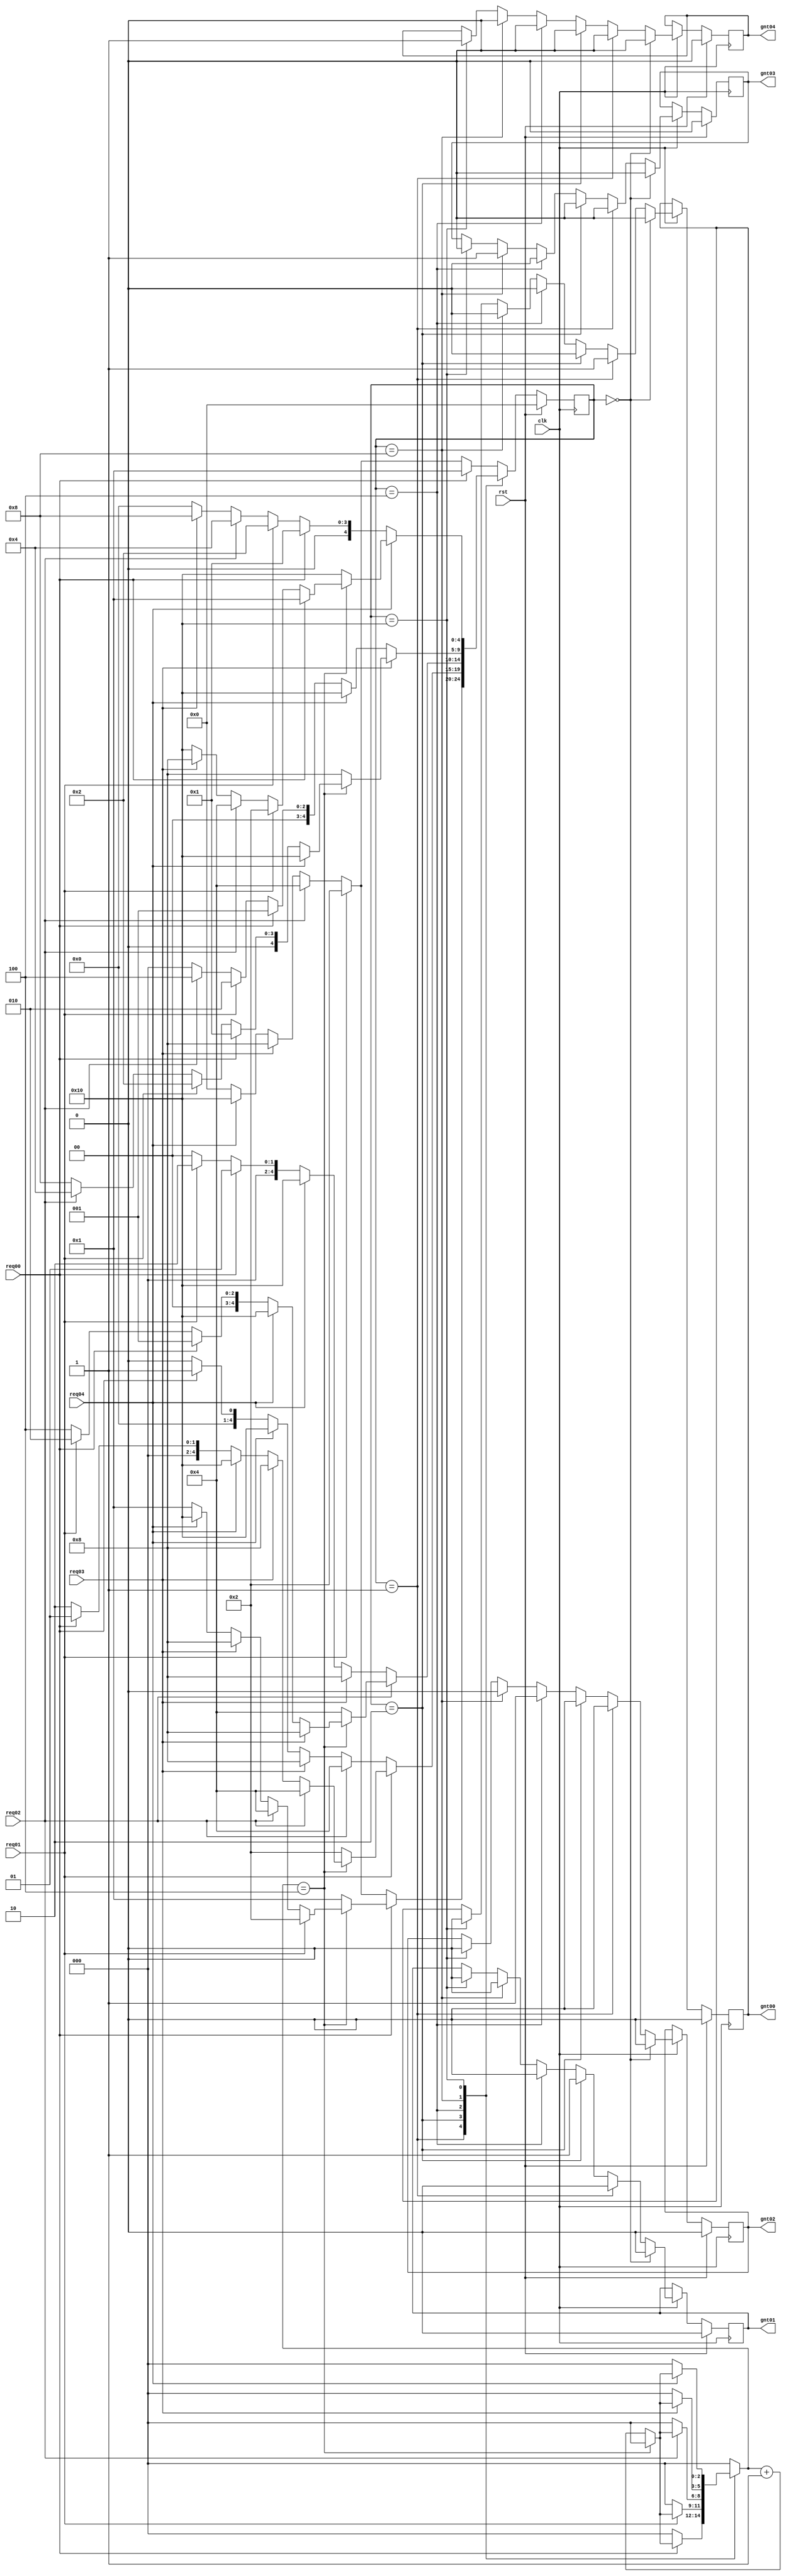
module arbiter0(gnt04,gnt03,gnt02,gnt01,gnt00,req04,req03,req02,req01,req00,clk,rst);

   output reg gnt04,gnt03,gnt02,gnt01,gnt00;
   input      req04,req03,req02,req01,req00;
   input      clk,rst;
  
   reg [4:0]  state,next_state;
   reg [2:0]  count;
 
   parameter idle=5'b00000;
   parameter GNT4=5'b10000;
   parameter GNT3=5'b01000;
   parameter GNT2=5'b00100;
   parameter GNT1=5'b00010;
   parameter GNT0=5'b00001;

/* parameter [2:0] s_ideal=3'b000;
   parameter [2:0] s0=3'b001;
   parameter [2:0] s1=3'b010;
   parameter [2:0] s2=3'b011;
   parameter [2:0] s3=3'b100; */



 always @(posedge clk)
 begin
 if(rst)
   state=idle;
 else
   state=next_state;
     end


always @(state,req04,req03,req02,req01,req00,count)
  begin
	   next_state=0;
 case (state)
   GNT0:
     begin
        if (req00)
   begin
      if(count==3'b100)
        begin
    if (req01)
      begin
         count=3'b000;
         next_state=GNT1;
      end
    else if (req02)
      begin
         count=3'b000;
         next_state=GNT2;
      end
    else if (req03)
      begin
         count=3'b000;
         next_state=GNT3;
      end
    else if (req04)
      begin
         count=3'b000;
         next_state=GNT4;
      end
    else
      begin
         count=3'b000;
         next_state=GNT0;
      end
        end // if (count==2'b11)
      else
        begin
    count=count+3'b001;
    next_state=GNT0;
        end // else: !if(count==2'b11)
   end // if (req[0])
        else if (req01)
   begin
      count=3'b000;
      next_state=GNT1;
   end
        else if (req02)
   begin
      count=3'b000;
      next_state=GNT2;
   end
        else if (req03)
   begin
      count=3'b000;
      next_state=GNT3;
   end
     else if (req04)
   begin
      count=3'b000;
      next_state=GNT4;
   end
        else
   begin
      count=3'b000;
      next_state=idle;
   end
     end // case: s0


   GNT1:
     begin
        if (req01)
   begin
    if (count==3'b100)
        begin
    if (req02)
      begin
         count=3'b000;
         next_state=GNT2;
      end
    else if (req03)
      begin
         count=3'b000;
         next_state=GNT3;
      end
    else if (req04)
      begin
         count=3'b000;
         next_state=GNT4;
      end
    else if (req00)
      begin
         count=3'b000;
         next_state=GNT0;
      end
    else
      begin
         count=3'b000;
         next_state=GNT1;
      end
        end // if (count==2'b11)
      else
        begin
    count=count+3'b001;
    next_state=GNT1;
        end // else: !if(count==2'b11)
   end // if (req01)
        else if (req02)
   begin
      count=3'b000;
      next_state=GNT2;
   end
        else if (req03)
   begin
      count=3'b000;
      next_state=GNT3;
   end
        else if (req04)
   begin
      count=3'b000;
      next_state=GNT4;
   end
        else if (req00)
   begin
      count=3'b000;
      next_state=GNT0;
   end
        else
   begin
      count=3'b000;
      next_state=idle;
   end
     end // case: s1



   GNT2:
     begin
        if (req02)
   begin
      if (count==3'b100)
        begin
    if (req03)
      begin
         count=3'b000;
         next_state=GNT3;
      end
    else if (req04)
      begin
         count=3'b000;
         next_state=GNT4;
      end
    else if (req00)
      begin
         count=3'b000;
         next_state=GNT0;
      end
    else if (req01)
      begin
         count=3'b000;
         next_state=GNT1;
      end
    else
      begin
         count=3'b000;
         next_state=GNT2;
      end
        end // if (count==2'b11)
      else
        begin
    count=count+3'b001;
    next_state=GNT2;
        end // else: !if(count==2'b11)
   end // if (req[2])
        else if (req03)
   begin
      count=3'b000;
      next_state=GNT3;
   end
      else if (req04)
   begin
      count=3'b000;
      next_state=GNT4;
   end
        else if (req00)
   begin
      count=3'b000;
      next_state=GNT0;
   end
        else if (req01)
   begin
      count=3'b000;
      next_state=GNT1;
   end
        else
   begin
      count=3'b000;
      next_state=idle;
   end
     end // case: s2
GNT3:
     begin
        if (req03)
   begin
      if (count==3'b100)
        begin
    if (req04)
      begin
         count=3'b000;
         next_state=GNT4;
      end
    else if (req00)
      begin
         count=3'b000;
         next_state=GNT0;
      end
    else if (req01)
      begin
         count=3'b000;
         next_state=GNT1;
      end
   else if (req02)
      begin
         count=3'b000;
         next_state=GNT2;
      end
   else
      begin
         count=3'b000;
         next_state=GNT3;
      end
        end // if (count==2'b11)
      else
        begin
    count=count+3'b001;
    next_state=GNT3;
        end // else: !if(count==2'b11)
   end // if (req[3])
        else if (req04)
   begin
      count=3'b000;
      next_state=GNT4;
   end
        else if (req00)
   begin
      count=3'b000;
      next_state=GNT0;
   end
        else if (req01)
   begin
      count=2'b00;
      next_state=GNT1;
   end
       else if (req02)
   begin
      count=2'b00;
      next_state=GNT2;
   end
        else
   begin
      count=2'b00;
      next_state=idle;
   end
     end // case: s3
GNT4: 
 begin
  if(req04)
    begin
   if(count==3'b100)
     begin
    if(req00)
    begin
     count=3'b000;
     next_state=GNT0;
    end
   else if(req01)
    begin
     count=3'b000;
    next_state=GNT1;
   end
  else if(req02)
   begin
    count=3'b000;
    next_state=GNT2;
  end
 else if(req03)
  begin
    count=3'b000;
    next_state=GNT3;
  end
else
 begin
  count=3'b000;
  next_state=GNT4;
 end
   end
else
 begin 
  count=count+3'b001;
  next_state=GNT4;
 end
  end
else if(req00)
   begin
     count=3'b000;
     next_state=GNT0;
    end
   else if(req01)
    begin
     count=3'b000;
    next_state=GNT1;
   end
  else if(req02)
   begin
    count=3'b000;
    next_state=GNT2;
  end
 else if(req03)
  begin
    count=3'b000;
    next_state=GNT3;
  end
else 
  begin
   count=3'b000;
  next_state=idle;
  end
    end

default:
     begin
        if (req00)
   begin
      count=3'b000;
      next_state=GNT0;
   end
        else if (req01)
   begin
      count=3'b000;
      next_state=GNT1;
   end
        else if (req02)
   begin
      count=3'b000;
      next_state=GNT2;
   end
        else if (req03)
   begin
      count=3'b000;
      next_state=GNT3;
   end
      else if(req04)
   begin
    count=3'b000;
    next_state=GNT4;
  end
      else
   begin
      count=2'b00;
      next_state=idle;
   end
     end // case: default
 endcase // case (state)
     end // always @ (state,next_state,count)     


/*always @(state,next_state,count)
  begin
     case (state)
       GNT0:
           begin 
                 gnt00=1'b1;
                 gnt01=1'b0;
                 gnt02=1'b0;
                 gnt03=1'b0;
                 gnt04=1'b0; 
           end
       GNT1:
              begin 
                 gnt00=1'b0;
                 gnt01=1'b1;
                 gnt02=1'b0;
                 gnt03=1'b0;
                 gnt04=1'b0; 
               end
       GNT2:
               begin 
                 gnt00=1'b0;
                 gnt01=1'b0;
                 gnt02=1'b1;
                 gnt03=1'b0;
                 gnt04=1'b0; 
               end
       GNT3:
                 begin 
                   gnt00=1'b0;
                   gnt01=1'b0;
                   gnt02=1'b0;
                   gnt03=1'b1;
                   gnt04=1'b0; 
                 end
       GNT4:
              begin 
                   gnt00=1'b0;
                   gnt01=1'b0;
                   gnt02=1'b0;
                   gnt03=1'b0;
                   gnt04=1'b1; 
                 end 
       default:
              begin 
                   gnt00=1'b0;
                   gnt01=1'b0;
                   gnt02=1'b0;
                   gnt03=1'b0;
                   gnt04=1'b0; 
              end
     endcase // case (state)
  end */
  always @ (posedge clk)
begin
if(rst) begin
      gnt04=0;
      gnt03=0;
      gnt02=0;
      gnt01=0;
      gnt00=0;
		end
else if(clk)
  begin
     if(state==idle)
       begin
		gnt04=0;
      gnt03=0;
      gnt02=0;
      gnt01=0;
      gnt00=0;
       end
     else if(state==GNT0)
       begin
      gnt04=0;
		gnt03=0;
      gnt02=0;
      gnt01=0;
      gnt00=1;
		$display("value of grant %d", gnt00);
       end
     else if(state==GNT1)
       begin
      gnt04=0;
		gnt03=0;
      gnt02=0;
      gnt01=1;
      gnt00=0;
       end
     else if(state==GNT2)
       begin
      gnt04=0;
		gnt03=0;
      gnt02=1;
      gnt01=0;
      gnt00=0;
       end
     else if(state==GNT3)
       begin
      gnt04=0;
		gnt03=1;
      gnt02=0;
      gnt01=0;
      gnt00=0;
     end
	  else if(state==GNT4)
       begin
      gnt04=1;
		gnt03=0;
      gnt02=0;
      gnt01=0;
      gnt00=0;
     end
	  
  end // always @ (state)
end
endmodule